Civil Veterinary Dept. Bombay admin report 1914-1922 - 1914-1922
Year: 1914
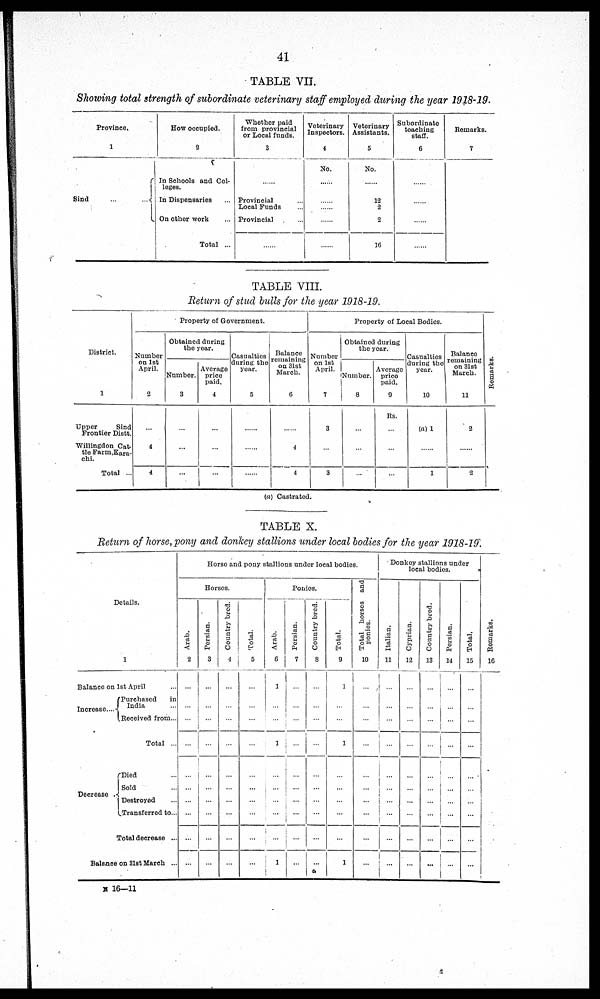
41
TABLE VII.
Showing total strength of subordinate veterinary staff employed during the year 1918-19.
Province.
1
Sind
...
...
How occupied.
2
In Schools and Col-
leges.
In Dispensaries …
On other work ...
Total ...
Whether paid
from provincial
or Local funds.
3
......
Provincial …
Local Funds ...
Provincial ...
......
Veterinary
Inspectors.
4
No.
......
......
......
......
Veterinary
Assistants.
5
No.
......
12
2
2
16
Subordinate
teaching
staff.
6
......
......
......
......
Remarks.
7
TABLE VIII.
Return of stud bulls for the year 1918-19.
District.
1
Upper
Sind
Frontier Distt.
Willingdon Cat-
tle Farm, Kara¬
chi.
Total ...
Property of Government.
Number
on 1st
April.
2
...
4
4
Obtained during
the year.
Number.
3
...
...
...
Average
price
paid.
4
...
...
...
Casualties
during the
year.
5
...
...
...
Balance
remaining
on 31st
March.
6
...
4
4
Property of Local Bodies.
Number
on 1st
April.
7
3
...
3
Obtained during
the year.
Number.
8
...
...
...
Average
price
paid.
9
Rs.
...
...
...
Casnalties
during the
year.
10
(a) 1
......
1
Balance
remaining
on 31st
March.
11
2
......
2
Remarks.
(a) Castrated.
TABLE X.
Return of horse, pony and donkey stallions under local bodies for the year 1918-19.
Details.
1
Balance on
1st April ...
Increase …
Purchased
in
India …
Received from...
Total ...
Decrease
Died …
Sold ...
Destroyed ...
Transferred to …
Total decrease …
Balance on 31st March …
Horse and pony stallions under local bodies.
Horses.
Arab.
2
...
...
...
...
...
...
...
...
...
...
Porsian.
3
...
...
...
...
...
...
...
...
...
...
Country bred.
4
...
...
...
...
...
...
...
...
...
...
Total.
5
...
...
...
...
...
...
...
...
...
...
Ponies.
Arab.
6
1
...
...
1
...
...
...
...
...
1
Persian.
7
...
...
...
...
...
...
...
…
…
...
Country bred.
8
...
...
...
...
...
...
...
...
...
...
Total.
9
1
...
...
1
...
...
...
...
...
1
Total horses and
ponies.
10
...
...
...
...
...
...
...
...
...
...
Donkey stallions under
local bodies.
Italian.
11
...
...
...
...
...
...
…
...
...
...
Cypr i
an.
12
...
...
...
...
...
...
...
...
...
...
Count r
y br ed.
13
...
...
...
...
...
...
...
...
...
...
Per s i
an.
14
...
...
...
…
...
...
...
…
...
...
Tot al .
15
...
...
...
...
...
...
...
...
...
...
Remarks.
16
N 16—11